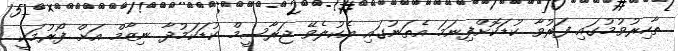
ތާހިރުވުމުގައި ފަރުވާ ކުޑަކޮށްފިނަމަ އެތަނުގައި އެކުލެވޭ ޖަރާސީމް ކުޑަކަމުދާ ނިޒާމް އަށް ފޯރުމަކީ